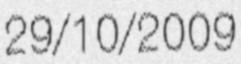
29/10/2009